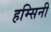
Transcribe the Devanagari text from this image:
हम्सिनी